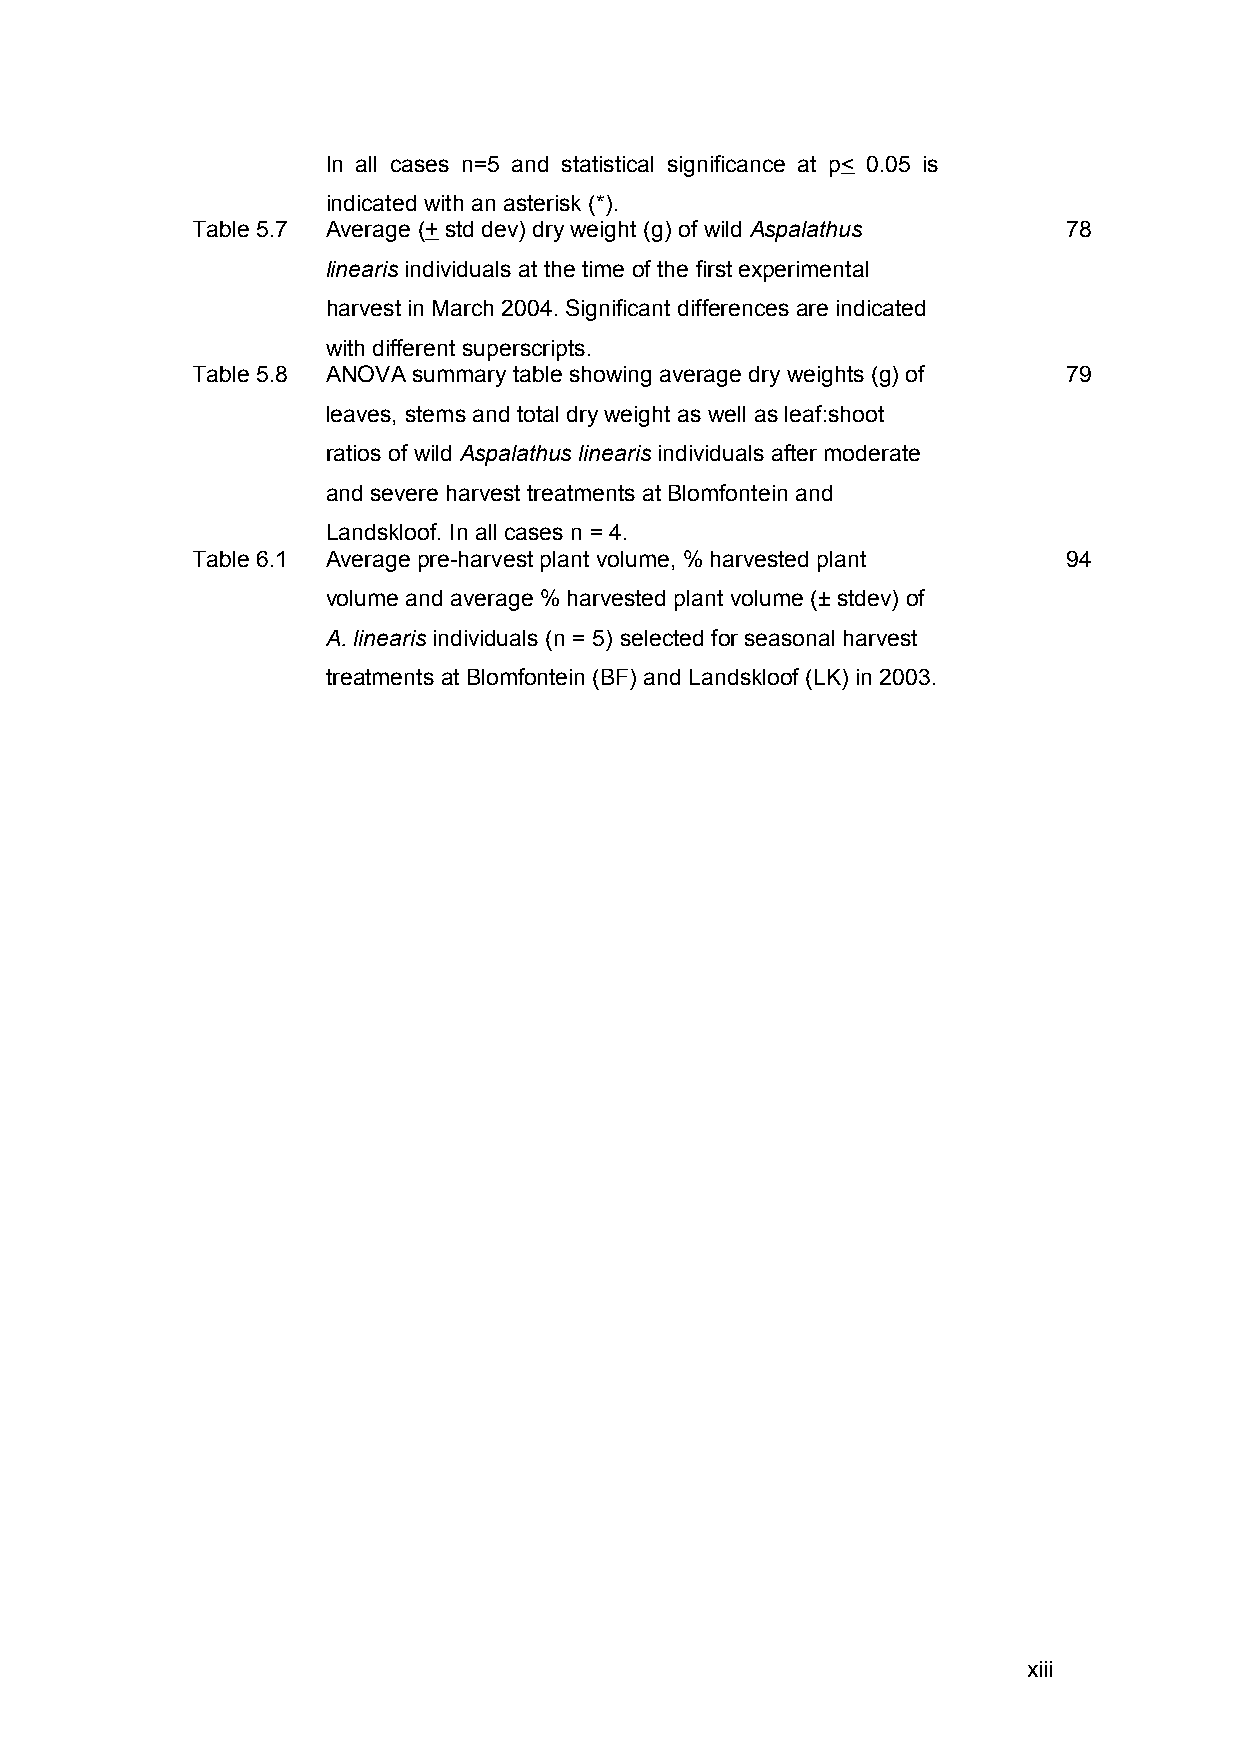
In all cases n=5 and statistical significance at p< 0.05 is
 indicated with an asterisk (*).
 Table 5.7 Average (+ std dev) dry weight (g) of wild Aspalathus 78
 linearis individuals at the time of the first experimental
 harvest in March 2004. Significant differences are indicated
 with different superscripts.
 Table 5.8 ANOVA summary table showing average dry weights (g) of 79
 leaves, stems and total dry weight as well as leaf:shoot
 ratios of wild Aspalathus linearis individuals after moderate
 and severe harvest treatments at Blomfontein and
 Landskloof. In all cases n = 4.
 Table 6.1 Average pre-harvest plant volume, % harvested plant 94
 volume and average % harvested plant volume (± stdev) of
 A. linearis individuals (n = 5) selected for seasonal harvest
 treatments at Blomfontein (BF) and Landskloof (LK) in 2003.
 xiii